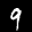
Label: 9